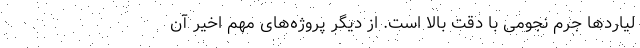
لیاردها جرم نجومی با دقت بالا است. از دیگر پروژه‌های مهم اخیر آن